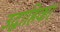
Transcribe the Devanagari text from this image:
उद्वाहिका